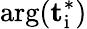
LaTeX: \mathrm{{arg}(\mathbf{t}_{i}^{*})}